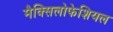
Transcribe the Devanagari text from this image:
मैक्सिलोफेशियल